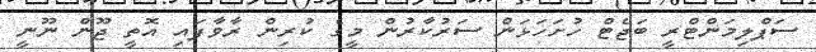
ސަޕްލިމަންޓްރީ ބަޖެޓް ހުށަހަޅަން ސަރުކާރުން މީގެ ކުރިން ރާވާފައި އޮތީ ޖޫން ނޫނީ